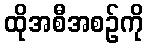
ထိုအစီအစဉ်ကို